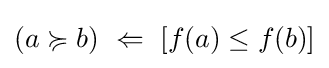
(a\succcurlyeq b)~\Leftarrow ~[f(a)\leq f(b)]